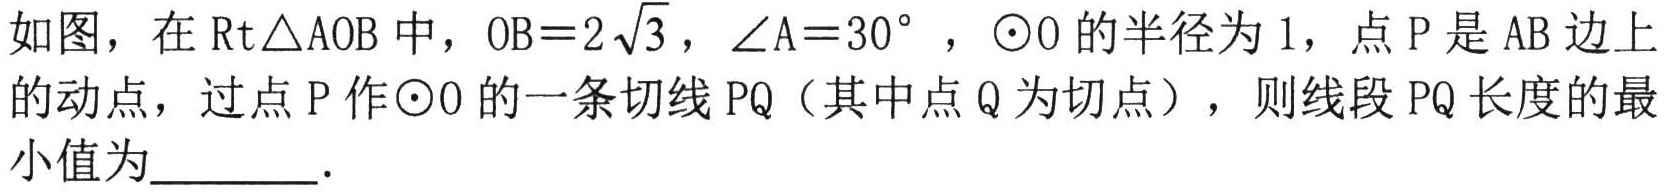
如图，在\(Rt\triangle AOB\)中，\(OB = 2\sqrt{3}\)，\(\angle A = 30^{\circ}\)，\(\odot O\)的半径为\(1\)，点\(P\)是\(AB\)边上的动点，过点\(P\)作\(\odot O\)的一条切线\(PQ\)（其中点\(Q\)为切点），则线段\(PQ\)长度的最小值为  ．